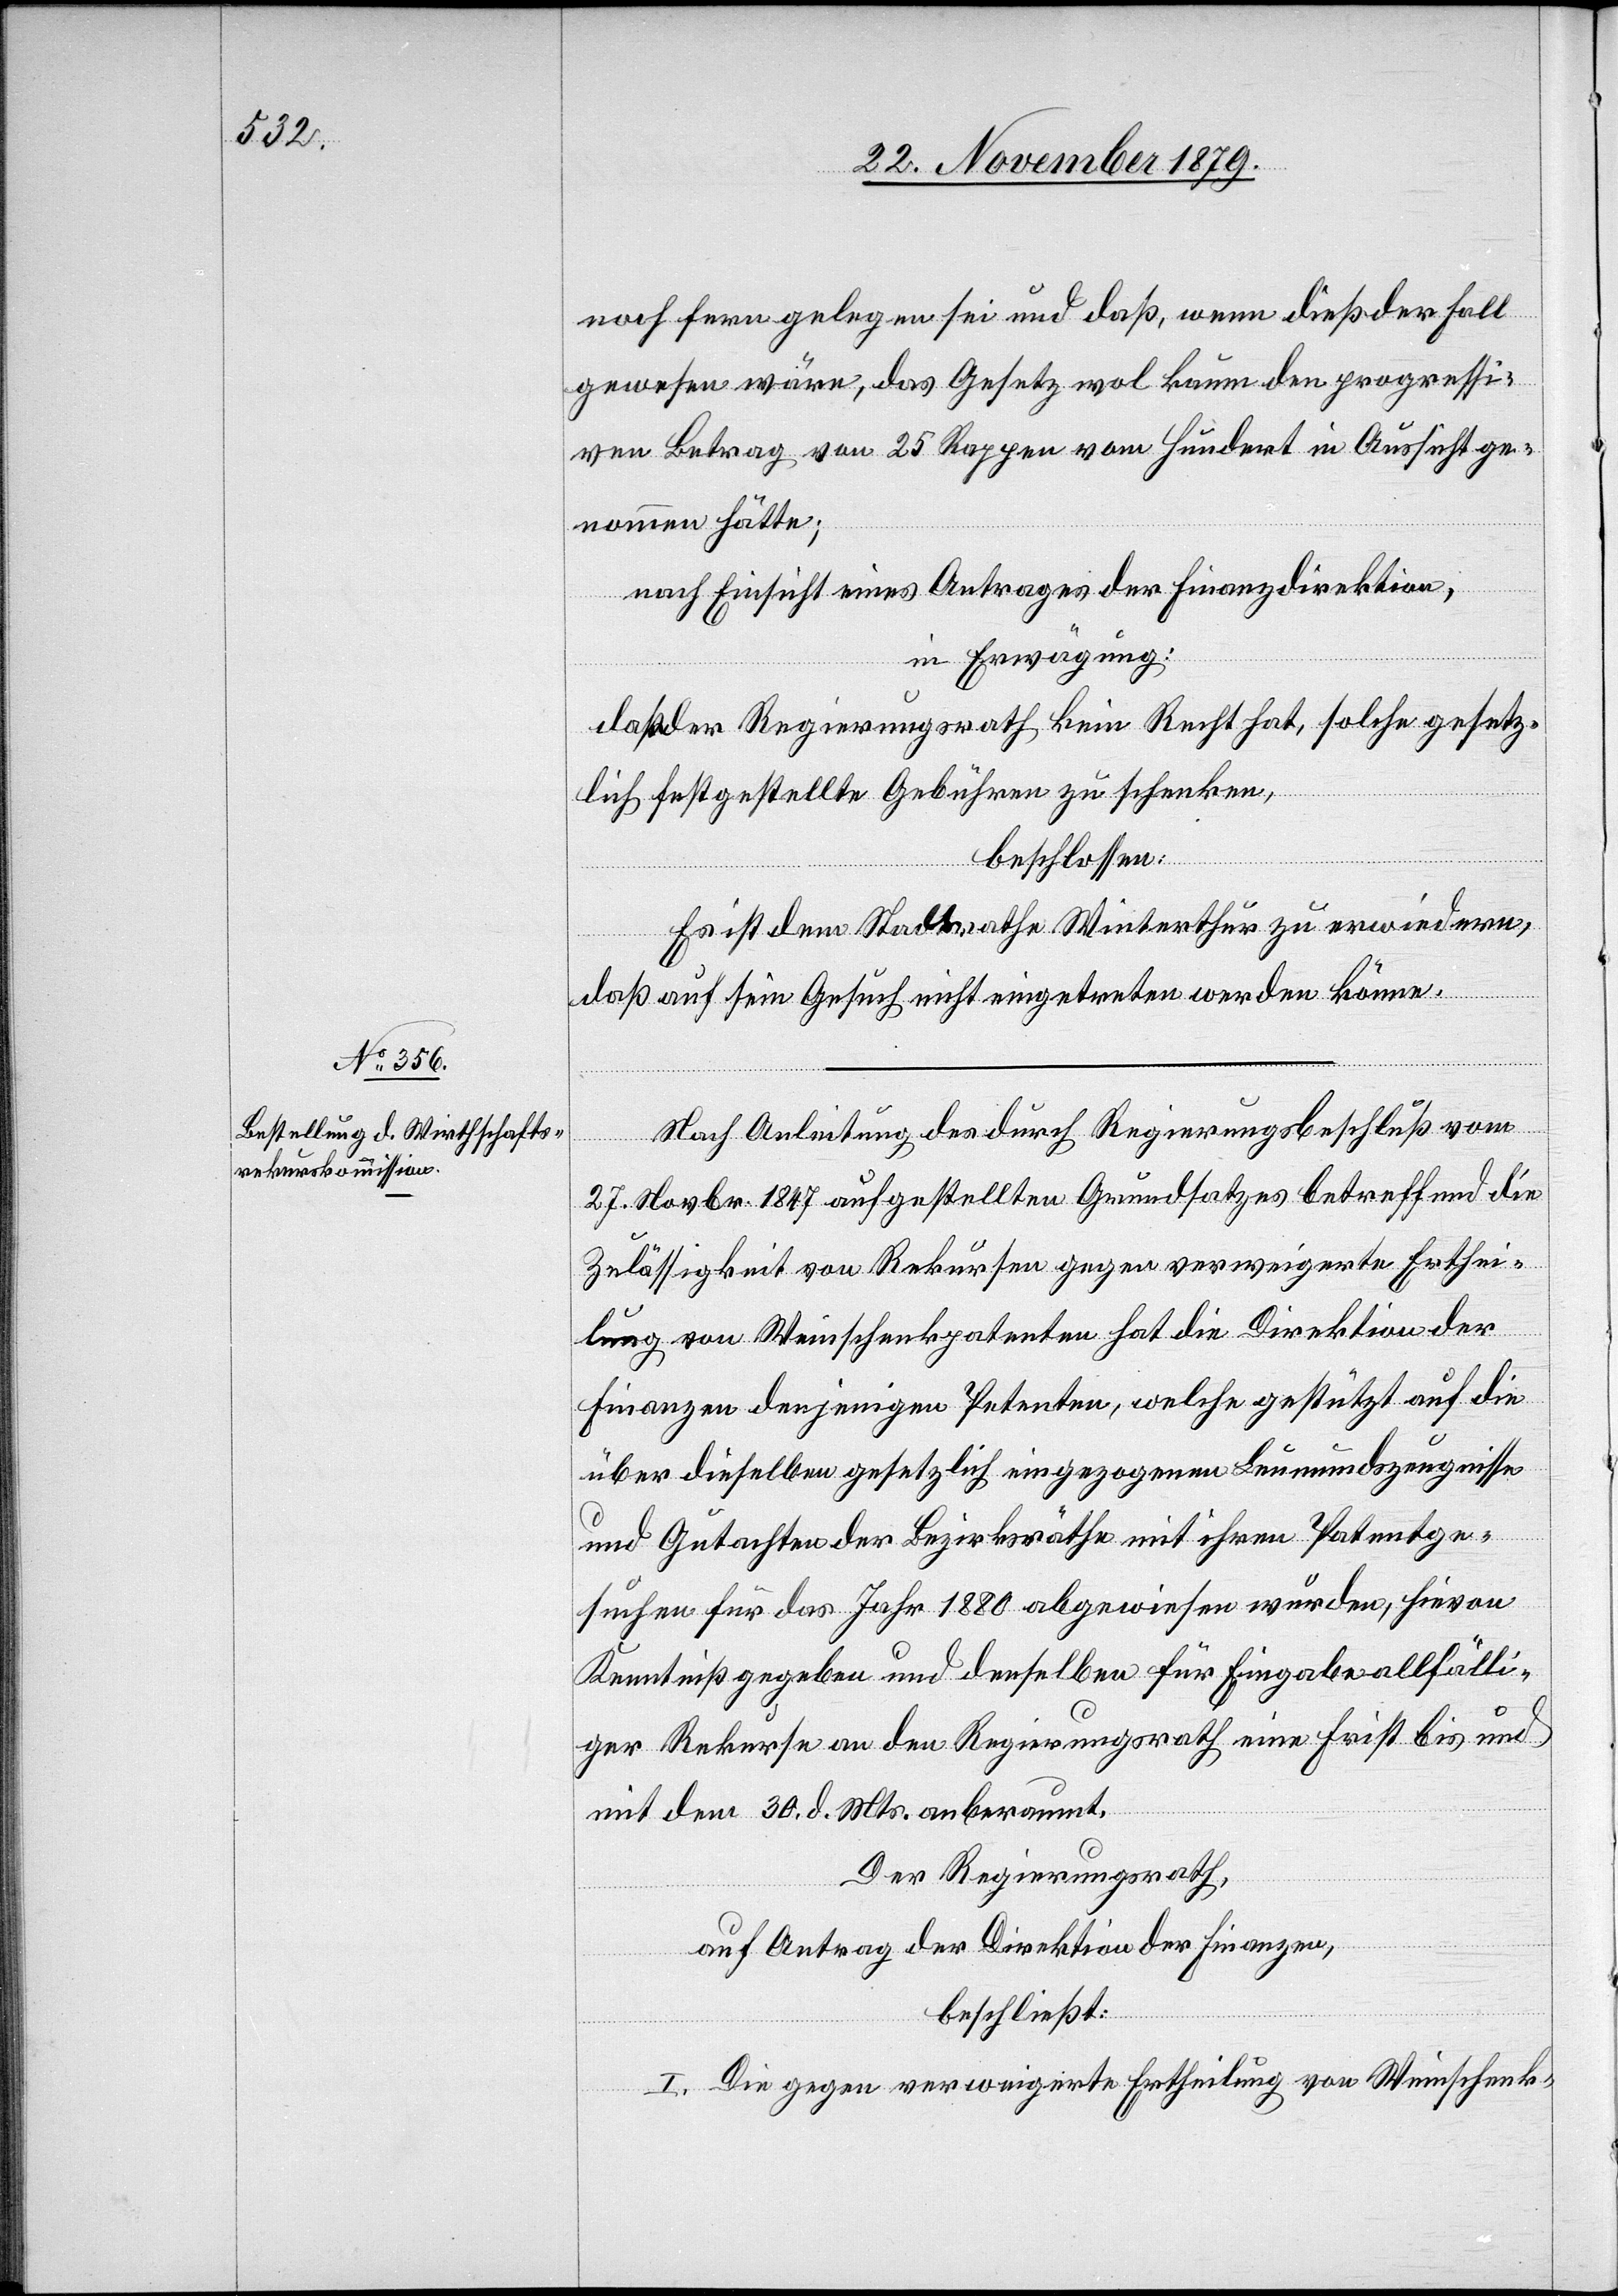
noch fern gelegen sei und daß, wenn dieß der Fall
gewesen wäre, das Gesetz wol kaum den progressi¬
ven Betrag von 25 Rappen von hundert in Aussicht ge¬
nommen hätte;
nach Einsicht eines Antrages der Finanzdirektion,
in Erwägung:
daß der Regierungsrath kein Recht hat, solche gesetz¬
lich festgestellte Gebühren zu schenken,
beschlossen:
Es ist dem Stadtrathe Winterthur zu erwiedern,
daß auf sein Gesuch nicht eingetreten werden könne.
Nach Anleitung des durch Regierungsbeschluß vom
27. Novbr. 1847 aufgestellten Grundsatzes betreffend die
Zulässigkeit von Rekursen gegen verweigerte Erthei¬
lung von Weinschenkpatenten hat die Direktion der
Finanzen denjenigen Petenten, welche gestützt auf die
über dieselben gesetzlich eingezogenen Leumundzeugnisse
und Gutachten der Bezirksräthe mit ihren Patentge¬
suchen für das Jahr 1880 abgewiesen wurden, hievon
Kenntniß gegeben und denselben für Eingabe allfälli¬
ger Rekurse an den Regierungsrath eine Frist bis und
mit dem 30. d. Mts. anberaumt.
Der Regierungsrath,
auf Antrag der Direktion der Finanzen,
beschließt:
I. Die gegen verweigerte Ertheilung von Weinschenk-